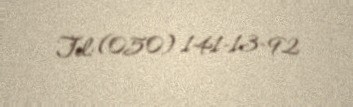
Tel: (050) 141-13-92